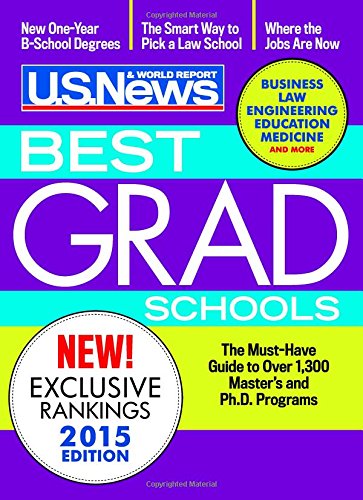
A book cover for Best Graduate Schools 2015 (2016 Edition is Now Available!); U.S. News and World Report; Education & Teaching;